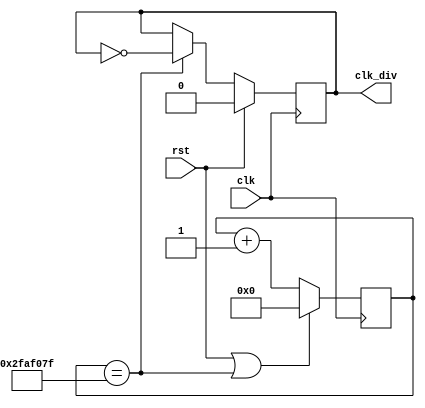
module divider #(
	parameter DIVISOR = 50000000
) (
	input clk,
	input rst,
	output reg clk_div
);

	reg [31:0] count;

	always @(posedge clk)
	begin
		if (rst == 1'b1 || count == DIVISOR - 1)
			count <= 32'd0;
		else count <= count + 32'd1;

		if (rst == 1'b1) clk_div <= 1'b0;
		else if (count == DIVISOR - 1)
			clk_div <= ~clk_div;
	end

endmodule